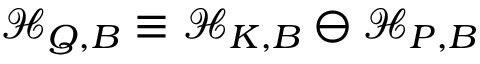
\mathcal { H } _ { Q , B } \equiv \mathcal { H } _ { K , B } \ominus \mathcal { H } _ { P , B }